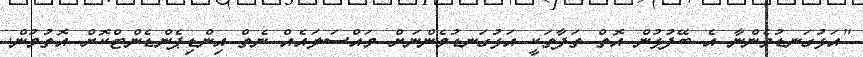
"އަޅުގަނޑުމެންނާ އެ ބޭފުޅުން އޮތް ތަފާތަކީ އަޅުގަނޑުމެންނަށް މައްސަލައެއް ނެތް އިންޑިޕެންޑެންޓްކޮށް އޮތުމުން.